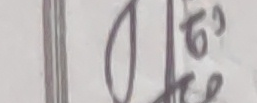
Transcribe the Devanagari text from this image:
ओछ हरे